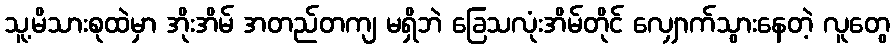
သူ့မိသားစုထဲမှာ အိုးအိမ် အတည်တကျ မရှိဘဲ ခြေသလုံးအိမ်တိုင် လျှောက်သွားနေတဲ့ လူတွေ